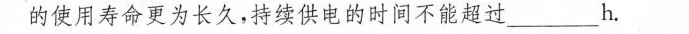
的使用寿命更为长久，持续供电的时间不能超过____h。